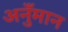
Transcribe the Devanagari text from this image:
अनुँमान